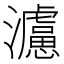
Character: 𤄦